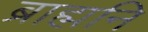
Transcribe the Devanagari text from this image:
ब्राह्मनि